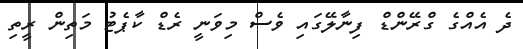
ދެ އެއްގެ ގްރޭންޑް ފިނާލޭގައި ވެސް މިވަނީ ރެޑް ކާޕެޓު މަތިން ރީތި